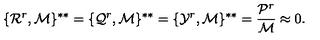
\{ { \cal R } ^ { r } , { \cal M } \} ^ { * * } = \{ { \cal Q } ^ { r } , { \cal M } \} ^ { * * } = \{ { \cal Y } ^ { r } , { \cal M } \} ^ { * * } = \frac { { \cal P } ^ { r } } { { \cal M } } \approx 0 .